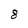
Character: 8